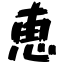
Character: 恵